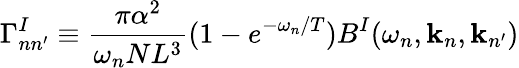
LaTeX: \Gamma_{nn^{\prime}}^{I}\equiv\frac{\pi\alpha^{2}}{\omega_{n}NL^{3}}(1-e^{-\omega_{n}/T})B^{I}(\omega_{n},{\mathbf k}_{n},{\mathbf k}_{n^{\prime}})